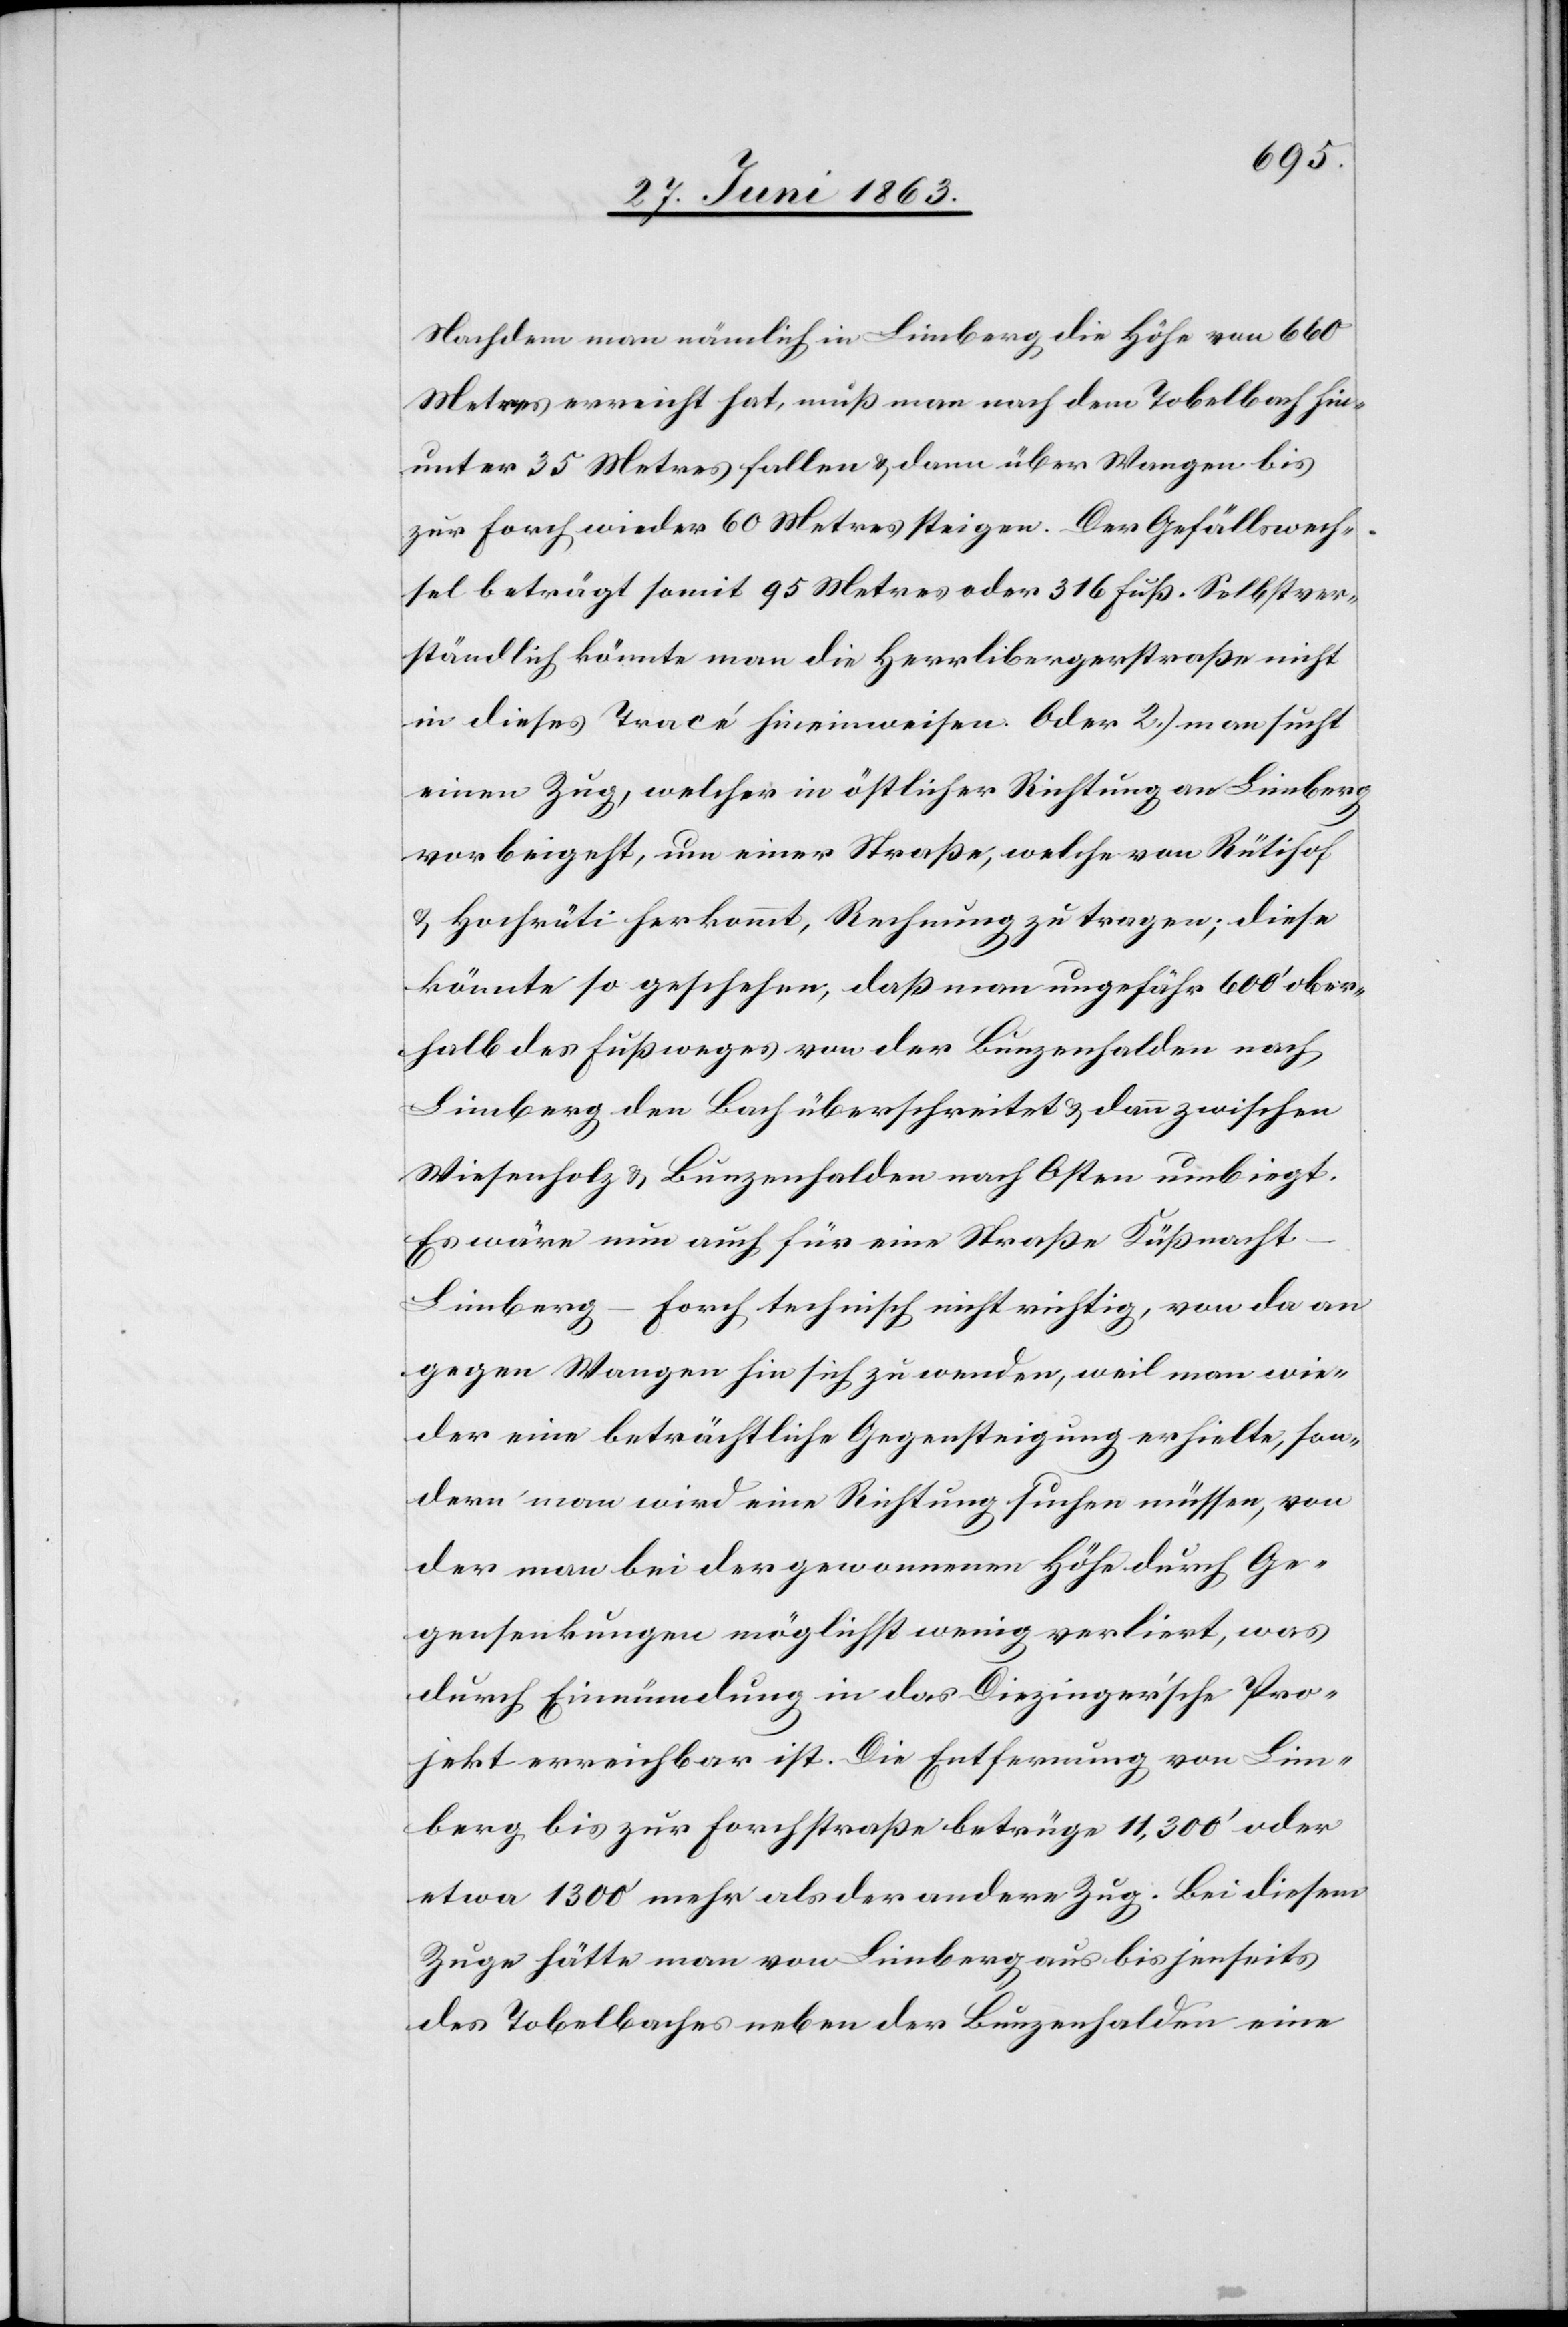
Nachdem man nämlich in Limberg die Höhe von 660
Metres erreicht hat, muß man nach dem Tobelbach hin¬
unter 35 Metres fallen & dann über Wangen bis
zur Forch wieder 60 Metres steigen. Der Gefällswech¬
sel beträgt somit 95 Metres oder 316 Fuß. Selbstver¬
ständlich könnte man die Herrlibergerstraße nicht
in dieses Tracé hineinweisen. Oder 2.) man sucht
einen Zug, welcher in östlicher Richtung an Limberg
vorbeigeht, um einer Straße, welche von Rütihof
& Hochrüti herkommt, Rechnung zu tragen; diese
könnte so geschehen, daß man ungefähr 600' ober¬
halb des Fußweges von der Bunzenhalden nach
Limberg den Bach überschreitet & dann zwischen
Wiesenholz & Bunzenhalden nach Osten umbiegt.
Es wäre nun auch für eine Straße Küßnach¬
t–Limberg–Forch technisch nicht richtig, von da an
gegen Wangen hin sich zu wenden, weil man wie¬
der eine beträchtliche Gegensteigung erhielte, son¬
dern man wird eine Richtung suchen müssen, von
der man bei der gewonnenen Höhe durch Ge¬
gensenkungen möglichst wenig verliert, was
durch Einmündung in das Diezinger'sche Pro¬
jekt erreichbar ist. Die Entfernung von Lim¬
berg bis zur Forchstraße betrüge 11,300' oder
etwa 1300' mehr als der andere Zug. Bei diesem
Zuge hätte man von Limberg aus bis jenseits
des Tobelbaches neben der Bunzenhalden eine